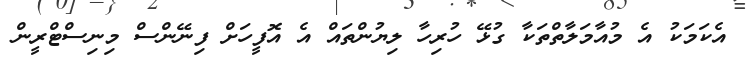
އެކަމަކު އެ މުއާމަލާތްތަކާ ގުޅޭ ހުރިހާ ލިޔުންތައް އެ އޮފީހަށް ފިނޭންސް މިނިސްޓްރީން